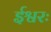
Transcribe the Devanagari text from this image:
ईश्वरः